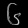
Digit: ၆